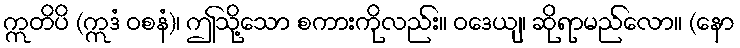
ဣတိပိ (ဣဒံ ဝစနံ)၊ ဤသို့သော စကားကိုလည်း။ ဝဒေယျ၊ ဆိုရာမည်လော။ (နော